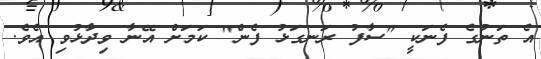
އެ ތަނުގެ ފެނަކީ "ސާފު ރަނގަޅު ފެން" ކަމަށް އޭނާ ވިދާޅުވި އެވެ.